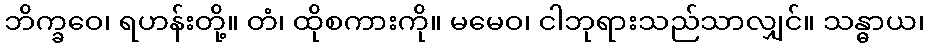
ဘိက္ခဝေ၊ ရဟန်းတို့။ တံ၊ ထိုစကားကို။ မမေဝ၊ ငါဘုရားသည်သာလျှင်။ သန္ဓာယ၊